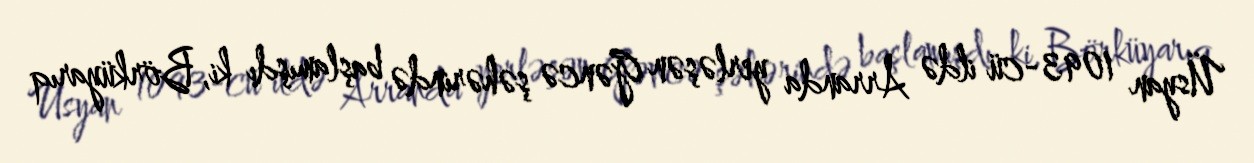
Üsyan 1093-cü ildə Arranda yerləşən Gəncə şəhərində başlamışdı ki, Börküyarıq